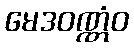
မေဒဝဏ္ဏံဝ